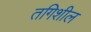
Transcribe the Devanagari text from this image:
तगिशील